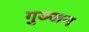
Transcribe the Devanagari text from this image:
गुञ्जन